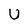
Character: U